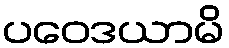
ပဝေဒယာမိ